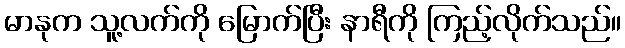
မာနုက သူ့လက်ကို မြောက်ပြီး နာရီကို ကြည့်လိုက်သည်။